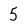
Character: 5